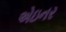
એઇનર